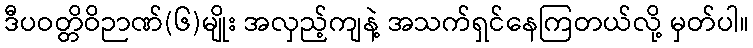
ဒီပဝတ္တိဝိဉာဏ်(၆)မျိုး အလှည့်ကျနဲ့ အသက်ရှင်နေကြတယ်လို့ မှတ်ပါ။